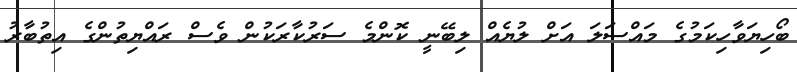
ބޯހިޔަވާހިކަމުގެ މައްސަލަ އަށް ލުޔެއް ލިބޭނީ ކޮންމެ ސަރުކާރަކުން ވެސް ރައްޔިތުންގެ އިތުބާރު